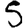
Digit: 5